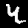
Label: 4